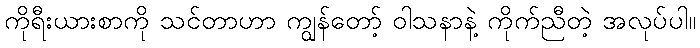
ကိုရီးယားစာကို သင်တာဟာ ကျွန်တော့် ဝါသနာနဲ့ ကိုက်ညီတဲ့ အလုပ်ပါ။